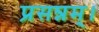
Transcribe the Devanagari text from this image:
प्रसन्नम्‌।